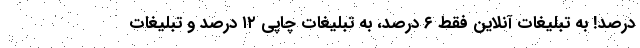
درصد! به تبلیغات آنلاین فقط ۶ درصد، به تبلیغات چاپی ۱۲ درصد و تبلیغات